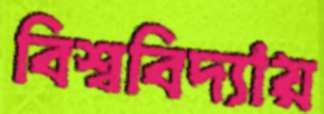
বিশ্ববিদ্যায়